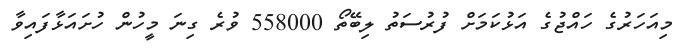
މިއަހަރުގެ ހައްޖުގެ އަޅުކަމަށް ފުރުސަތު ލިބޭތޯ 558000 ވުރެ ގިނަ މީހުން ހުށައަޅާފައިވާ